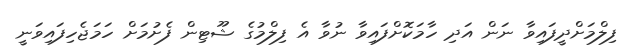
ފިލްމަށްދީފައިވާ ނަން އަދި ހާމަކޮށްފައިވާ ނުވާ އެ ފިލްމުގެ ޝޫޓިން ފެށުމަށް ހަމަޖެހިފައިވަނީ